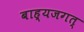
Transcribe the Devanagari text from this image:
बाह्यजगत्‌